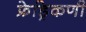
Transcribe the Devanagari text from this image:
फ्रेड्रिकणी